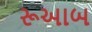
રૂઆબ